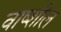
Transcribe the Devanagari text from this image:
वाष्शील